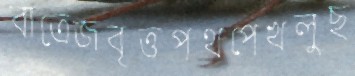
বাত্রেজবৃত্তপথপেখলুছ